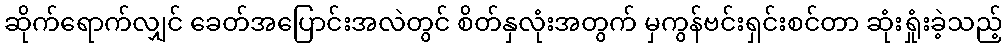
ဆိုက်ရောက်လျှင် ခေတ်အပြောင်းအလဲတွင် စိတ်နှလုံးအတွက် မှကွန်ဗင်းရှင်းစင်တာ ဆုံးရှုံးခဲ့သည့်